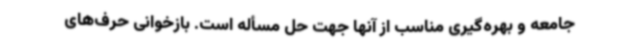
جامعه و بهره‌گیری مناسب از آنها جهت حل مسأله است. بازخوانی حرف‌های